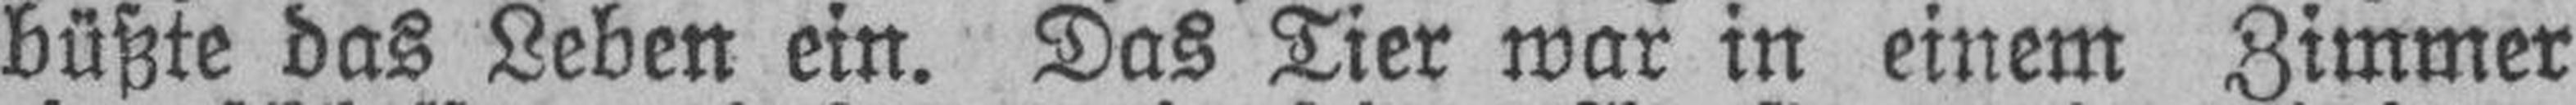
büßte das Leben ein. Das Tier war in einem Zimmer